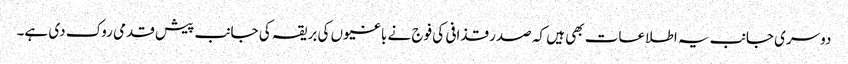
دوسری جانب یہ اطلاعات بھی ہیں کہ صدر قذافی کی فوج نے باغیوں کی بریقہ کی جانب پیش قدمی روک دی ہے۔